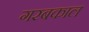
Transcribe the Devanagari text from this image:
गरबकाल